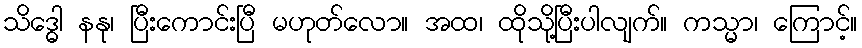
သိဒ္ဓေါ နနု၊ ပြီးကောင်းပြီ မဟုတ်လော။ အထ၊ ထိုသို့ပြီးပါလျက်။ ကသ္မာ၊ ကြောင့်။